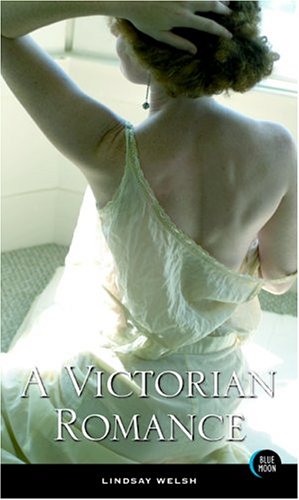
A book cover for A Victorian Romance; Lindsay Welsh; Romance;